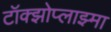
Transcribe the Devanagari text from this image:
टॉक्झोप्लाझ्मा